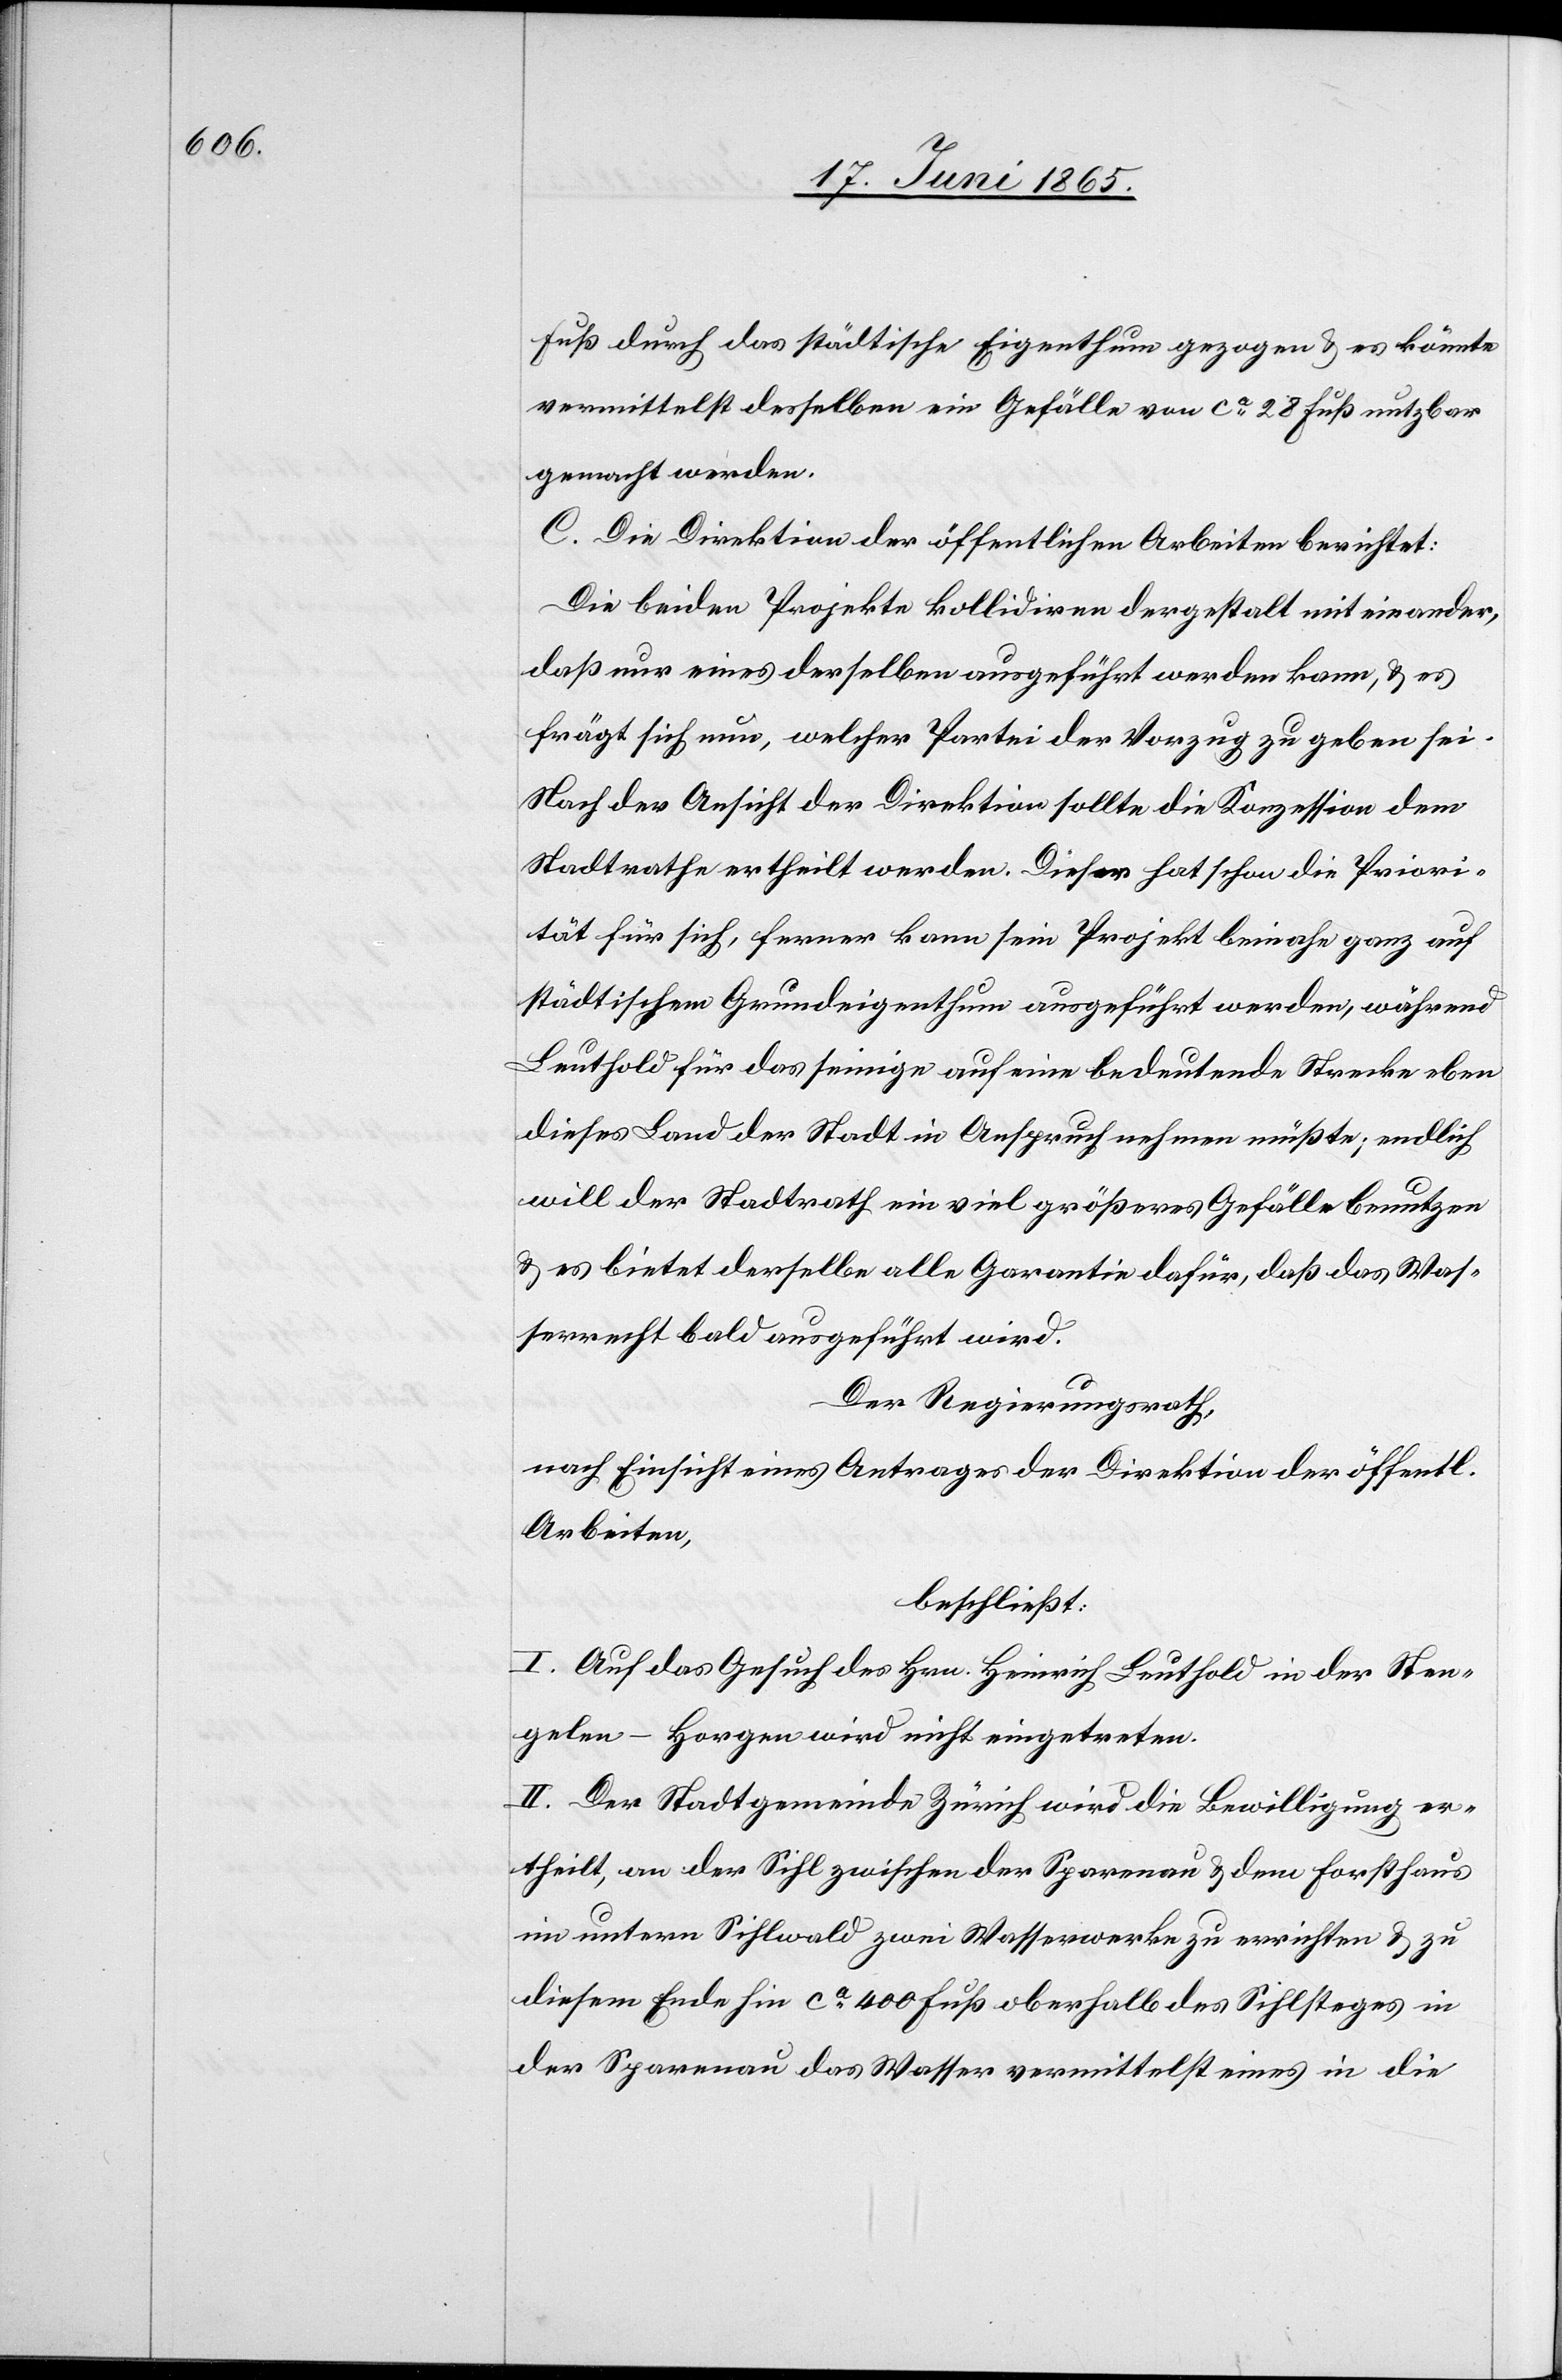
Fuß durch das städtische Eigenthum gezogen & es könnte
vermittelst desselben ein Gefälle von ca 28 Fuß nutzbar
gemacht werden.
C. Die Direktion der öffentlichen Arbeiten berichtet:
Die beiden Projekte kollidiren dergestalt mit einander,
daß nur eines derselben ausgeführt werden kann, & es
frägt sich nun, welcher Partei der Vorzug zu geben sei.
Nach der Ansicht der Direktion sollte die Konzession dem
Stadtrathe ertheilt werden. Dieser hat schon die Priori¬
tät für sich, ferner kann sein Projekt beinahe ganz auf
städtischem Grundeigenthum ausgeführt werden, während
Leuthold für das seinige auf eine bedeutende Strecke eben
dieses Land der Stadt in Anspruch nehmen müßte; endlich
will der Stadtrath ein viel größeres Gefälle benutzen
& es bietet derselbe alle Garantie dafür, daß das Was¬
serrecht bald ausgeführt wird.
Der Regierungsrath,
nach Einsicht eines Antrages der Direktion der öffentl.
Arbeiten,
beschließt:
I. Auf das Gesuch des Hrn. Heinrich Leuthold in der Sten¬
gelen-Horgen wird nicht eingetreten.
II. Der Stadtgemeinde Zürich wird die Bewilligung er¬
theilt, an der Sihl zwischen der Sparenau & dem Forsthaus
im untern Sihlwald zwei Wasserwerke zu errichten & zu
diesem Ende hin ca 400 Fuß oberhalb des Sihlsteges in
der Sparenau das Wasser vermittelst eines in die